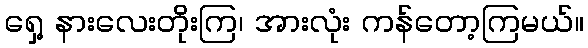
ရှေ့ နားလေးတိုးကြ၊ အားလုံး ကန်တော့ကြမယ်။